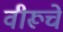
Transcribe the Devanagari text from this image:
वीरूचे